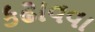
કઢાવવા